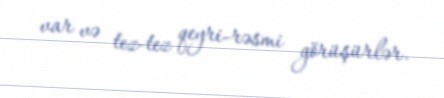
var və tez-tez qeyri-rəsmi görüşürlər.